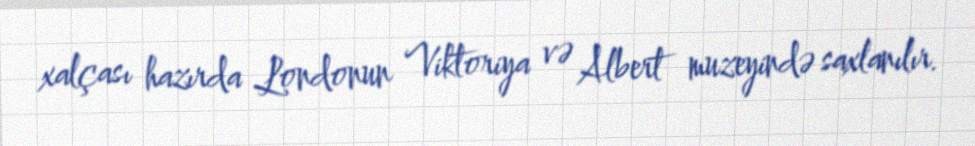
xalçası hazırda Londonun Viktoriya və Albert muzeyində saxlanılır.